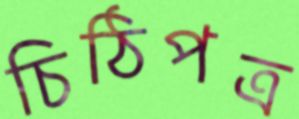
চিঠিপত্র